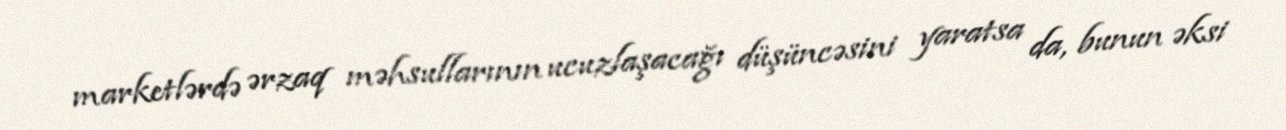
marketlərdə ərzaq məhsullarının ucuzlaşacağı düşüncəsini yaratsa da, bunun əksi